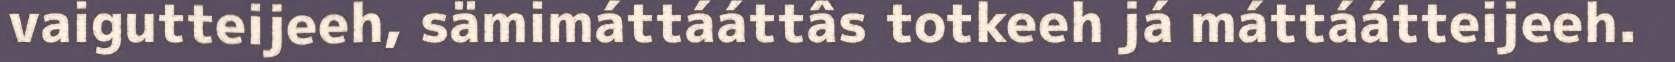
vaigutteijeeh, sämimáttááttâs totkeeh já máttáátteijeeh.